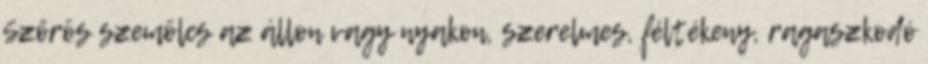
Szőrös szemölcs az állon vagy nyakon, szerelmes, féltékeny, ragaszkodó